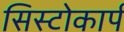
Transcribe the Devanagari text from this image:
सिस्टोकार्प